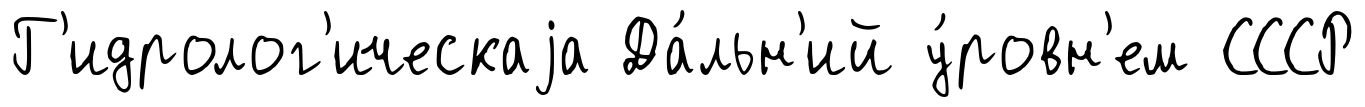
Г'идролог'ическаjа Да́льн'ий у́ровн'ем СССР